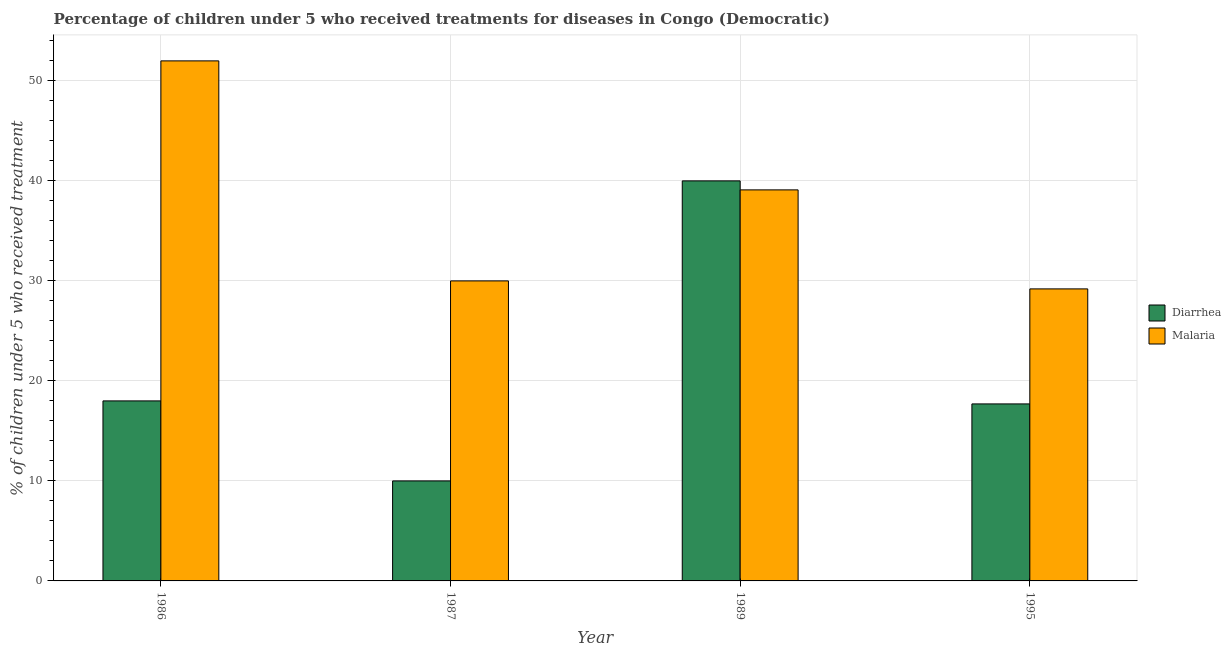
| Year | Diarrhea | Malaria |
 | --- | --- | --- |
 | 1986 | 18 | 52 |
 | 1987 | 10 | 30 |
 | 1989 | 40 | 39.1 |
 | 1995 | 17.7 | 29.2 |